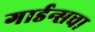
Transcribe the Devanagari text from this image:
गार्डन्सचा